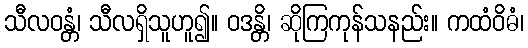
သီလဝန္တံ၊ သီလရှိသူဟူ၍။ ဝဒန္တိ၊ ဆိုကြကုန်သနည်း။ ကထံဝိဓံ၊